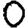
Digit: 0